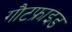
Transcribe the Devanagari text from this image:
गौटफ्राइड